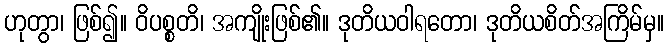
ဟုတွာ၊ ဖြစ်၍။ ဝိပစ္စတိ၊ အကျိုးဖြစ်၏။ ဒုတိယဝါရတော၊ ဒုတိယစိတ်အကြိမ်မှ။